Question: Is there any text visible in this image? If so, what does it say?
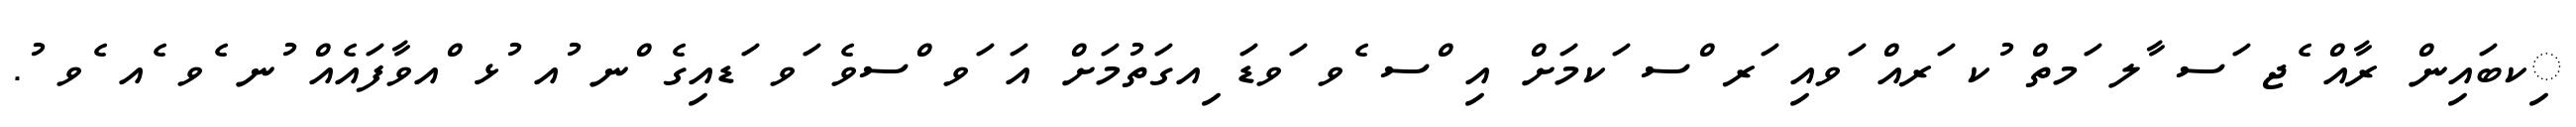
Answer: ިކބައިން ރާއް ެޖ ަސ ާލ ަމތް ުކ ަރއް ަވއި ަރ ްސ ަކމަށް އި ްސ ެވ ަވޑަ ިއގަތުމަށް އަ ަވ ްސވެ ަވ ަޑއިގެ ްނ ުއ ުޅ ްއވާފައެއް ުނ ެވ ެއ ެވ ު.